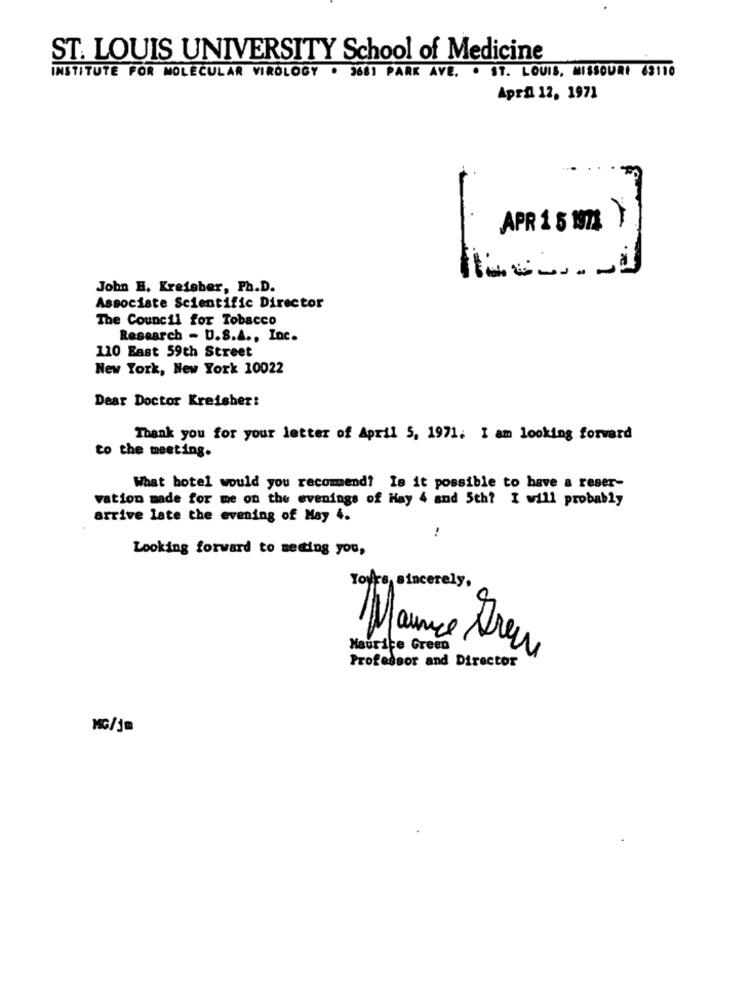
ST. LOUIS UNIVERSITY School of Medicine
INSTITUTE FOR MOLECULAR VIROLOGY · 3681 PARK AVE. · ST. LOUIS, MISSOURI 63110
April 12, 1971
-
AS
John H. Krefeber, Ph.D.
Associate Scientific Director
The Council for Tobacco
Research - U.S.A ., Inc.
110 East 59th Street
New York, New York 10022
Dear Doctor Kreisher:
Thank you for your letter of April 5, 1971. I am looking forvard
to the meeting.
What hotel would you recommend? Is it possible to have a reser-
vation made for me on the evenings of Hay 4 and 5th? I will probably
arrive late the evening of May 4.
Looking forward to seeing you,
Yours, sincerely,
Maurice Green
Professor and Director
Maurice threw
MG/j=